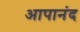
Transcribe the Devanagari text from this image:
आपानंद